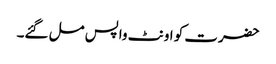
حضرت کو اونٹ واپس مل گئے۔